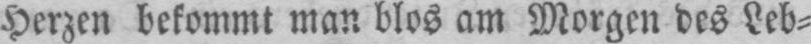
Herzen bekommt man blos am Morgen des Leb⸗